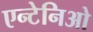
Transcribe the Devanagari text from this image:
एन्टेनिओ